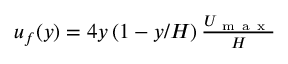
\begin{array} { r } { u _ { f } ( y ) = 4 y \left( 1 - y / H \right) \frac { U _ { \mathrm { ~ m ~ a ~ x ~ } } } { H } } \end{array}